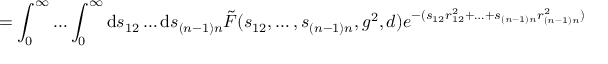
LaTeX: = \int _ { 0 } ^ { \infty } \ldots \int _ { 0 } ^ { \infty } \mathrm { d } s _ { 1 2 } \ldots \mathrm { d } s _ { ( n - 1 ) n } \tilde { F } ( s _ { 1 2 } , \ldots , s _ { ( n - 1 ) n } , g ^ { 2 } , d ) e ^ { - ( s _ { 1 2 } r _ { 1 2 } ^ { 2 } + \ldots + s _ { ( n - 1 ) n } r _ { ( n - 1 ) n } ^ { 2 } ) }